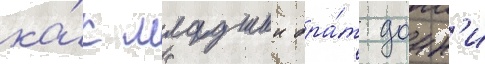
ка́к младшии бра́т донн'и